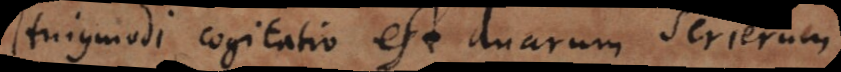
Hujusmodi cogitatio est duarum serierum